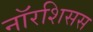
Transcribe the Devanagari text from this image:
नॉरशिसस